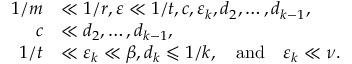
\begin{array} { r l } { 1 / m } & { \ll 1 / r , \varepsilon \ll 1 / t , c , \varepsilon _ { k } , d _ { 2 } , \dots , d _ { k - 1 } , } \\ { c } & { \ll d _ { 2 } , \dots , d _ { k - 1 } , } \\ { 1 / t } & { \ll \varepsilon _ { k } \ll \beta , d _ { k } \leqslant 1 / k , \quad \mathrm { a n d } \quad \varepsilon _ { k } \ll \nu . } \end{array}